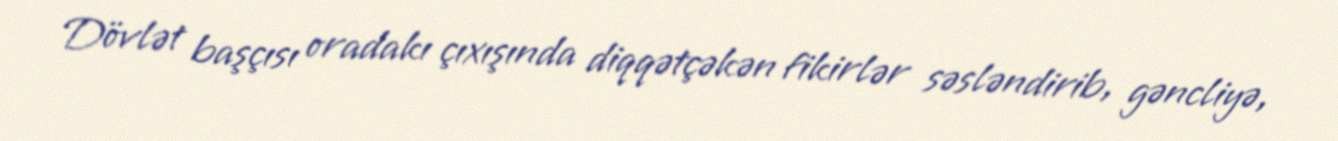
Dövlət başçısı oradakı çıxışında diqqətçəkən fikirlər səsləndirib, gəncliyə,